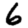
Digit: 6